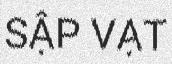
SẬP VẠT